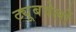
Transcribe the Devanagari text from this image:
ट्यूबवेलों